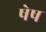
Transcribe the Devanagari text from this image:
षेष